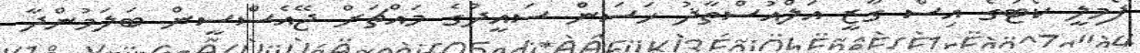
ފެމިލީ ކޯޓުގެ އިސް ގާޒީ އަލްއުސްތާޛު ހަސަން ސައީދުގެ މައްޗަށް ޖޭއެސްސީން ބަލަމުންދާ